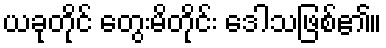
ယခုတိုင် တွေးမိတိုင်း ဒေါသဖြစ်၏။